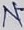
Text: N